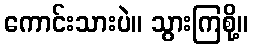
ကောင်းသားပဲ။ သွားကြစို့။